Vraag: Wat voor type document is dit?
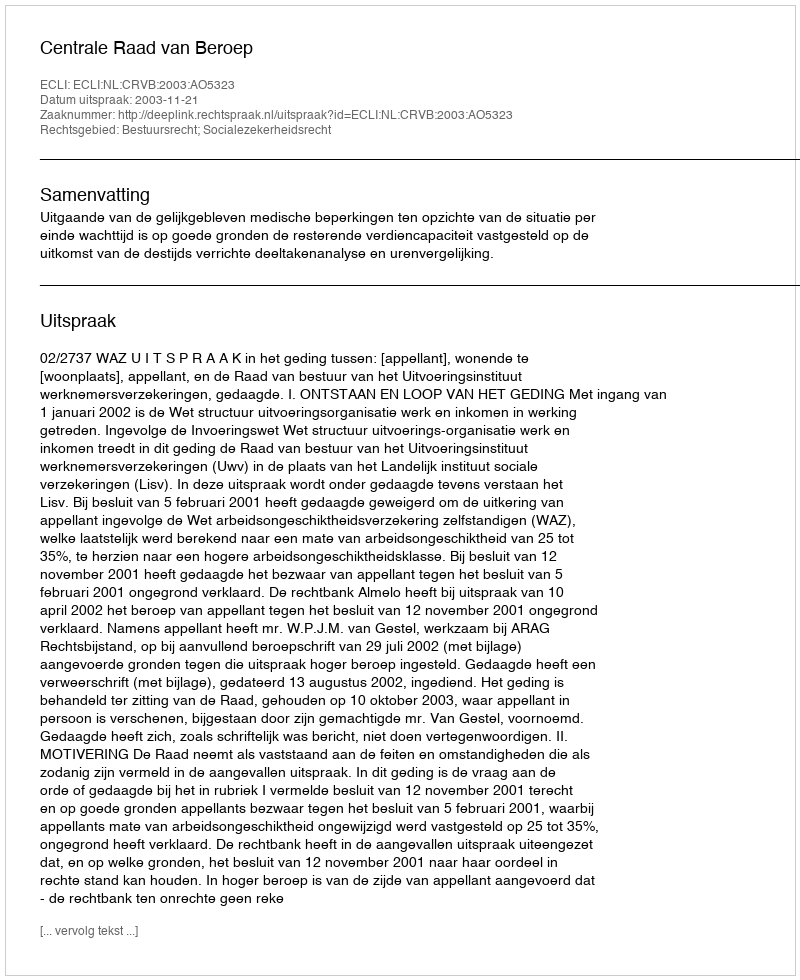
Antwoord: Uitspraak